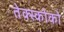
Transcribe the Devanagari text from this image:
तेक्स्कोको